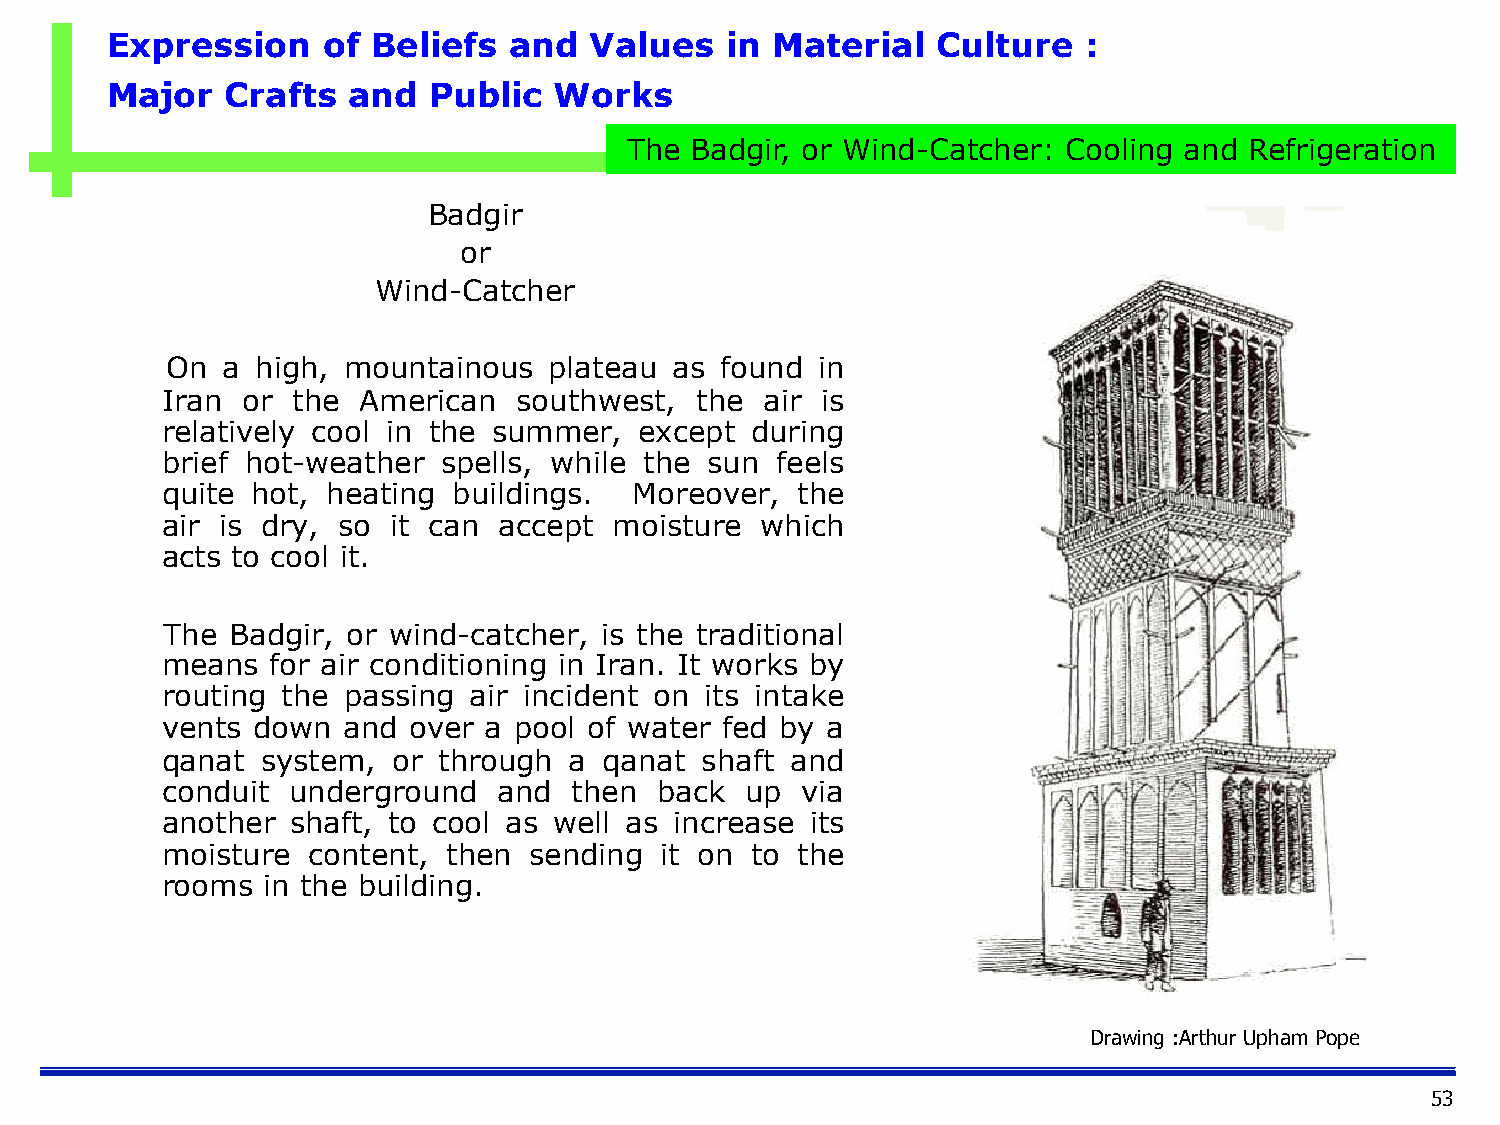
Expression    of  Beliefs  and  Values   in Material   Culture   :
 Major   Crafts  and  Public   Works
 The  Badgir, or Wind-Catcher: Cooling and Refrigeration
 Badgir
 or
 Wind-Catcher
 On  a high, mountainous  plateau  as found in
 Iran or the  American  southwest,  the  air is
 relatively cool in the summer, except  during
 brief hot-weather spells, while the sun feels
 quite hot, heating buildings.  Moreover,  the
 air is dry, so it can accept  moisture which
 acts to cool it.
 The Badgir, or wind-catcher, is the traditional
 means  for air conditioning in Iran. It works by
 routing the passing air incident on its intake
 vents down  and over a pool of water fed by a
 qanat system,  or through  a qanat shaft and
 conduit underground   and  then back  up  via
 another shaft, to cool as well as increase its
 moisture content,  then sending  it on to the
 rooms in the building.
 Drawing :Arthur Upham Pope
 53